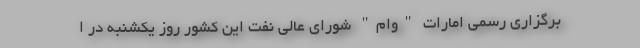
برگزاری رسمی امارات "وام" شورای عالی نفت این کشور روز یکشنبه در ا